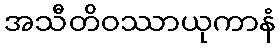
အသီတိဝဿာယုကာနံ